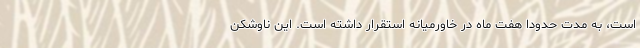
است، به مدت حدودا هفت ماه در خاورمیانه استقرار داشته است. این ناوشکن